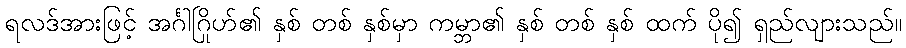
ရလဒ်အားဖြင့် အင်္ဂါဂြိုဟ်၏ နှစ် တစ် နှစ်မှာ ကမ္ဘာ၏ နှစ် တစ် နှစ် ထက် ပို၍ ရှည်လျားသည်။